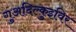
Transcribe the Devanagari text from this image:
गुअदिल्क़ुइविर